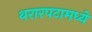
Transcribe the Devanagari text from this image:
थरारपटामध्ये